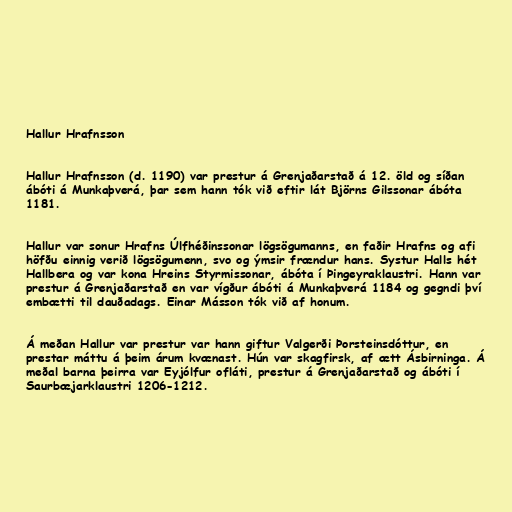
Hallur Hrafnsson

Hallur Hrafnsson (d. 1190) var prestur á Grenjaðarstað á 12. öld og síðan
ábóti á Munkaþverá, þar sem hann tók við eftir lát Björns Gilssonar ábóta
1181.

Hallur var sonur Hrafns Úlfhéðinssonar lögsögumanns, en faðir Hrafns og afi
höfðu einnig verið lögsögumenn, svo og ýmsir frændur hans. Systur Halls hét
Hallbera og var kona Hreins Styrmissonar, ábóta í Þingeyraklaustri. Hann var
prestur á Grenjaðarstað en var vígður ábóti á Munkaþverá 1184 og gegndi því
embætti til dauðadags. Einar Másson tók við af honum.

Á meðan Hallur var prestur var hann giftur Valgerði Þorsteinsdóttur, en
prestar máttu á þeim árum kvænast. Hún var skagfirsk, af ætt Ásbirninga. Á
meðal barna þeirra var Eyjólfur ofláti, prestur á Grenjaðarstað og ábóti í
Saurbæjarklaustri 1206-1212.